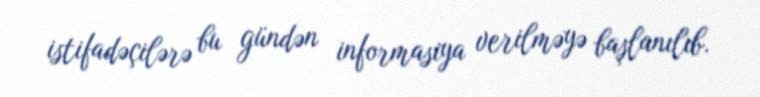
istifadəçilərə bu gündən informasiya verilməyə başlanılıb.